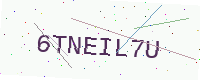
Text: 6TNEIL7U